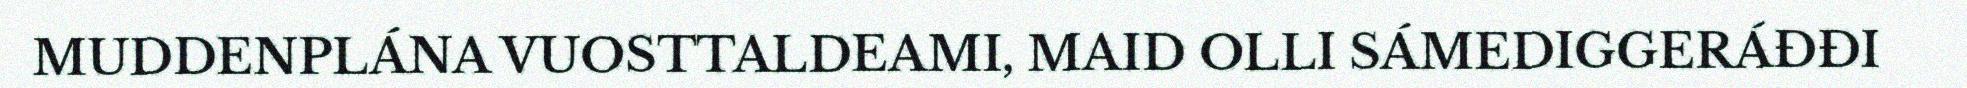
MUDDENPLÁNA VUOSTTALDEAMI, MAID OLLI SÁMEDIGGERÁĐĐI